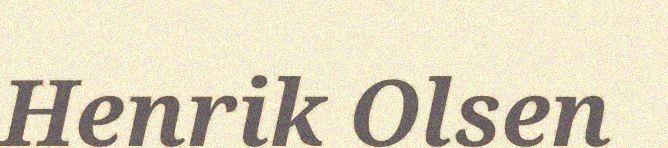
Henrik Olsen